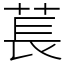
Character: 萇